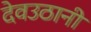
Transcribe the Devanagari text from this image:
देवउठानी